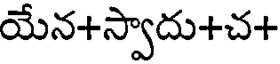
యేన+స్వాదు+చ+